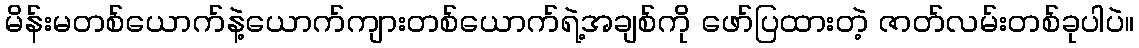
မိန်းမတစ်ယောက်နဲ့ယောက်ကျားတစ်ယောက်ရဲ့အချစ်ကို ဖော်ပြထားတဲ့ ဇာတ်လမ်းတစ်ခုပါပဲ။